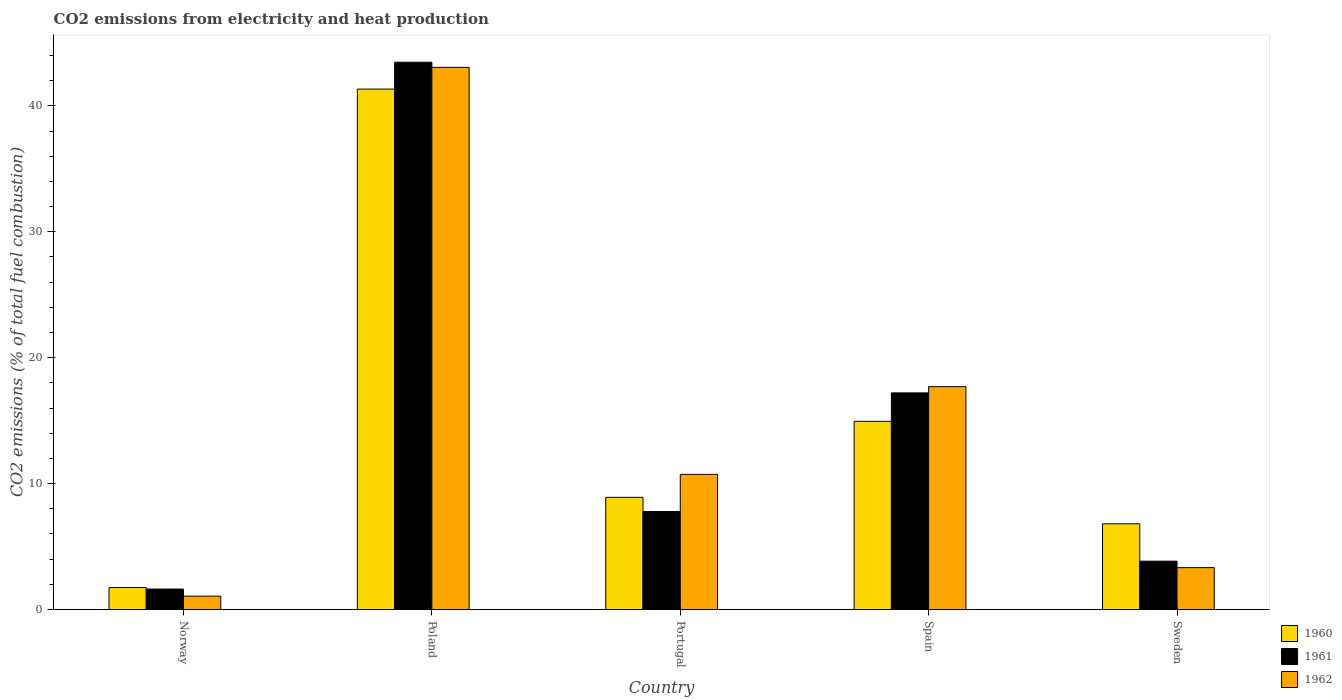
| Country | 1960 | 1961 | 1962 |
 | --- | --- | --- | --- |
 | Norway | 1.75 | 1.63 | 1.06 |
 | Poland | 41.3 | 43.5 | 43.1 |
 | Portugal | 8.91 | 7.78 | 10.7 |
 | Spain | 14.9 | 17.2 | 17.7 |
 | Sweden | 6.81 | 3.84 | 3.33 |